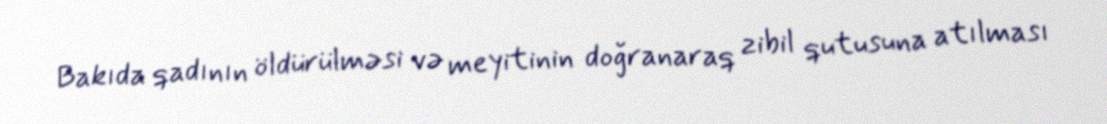
Bakıda qadının öldürülməsi və meyitinin doğranaraq zibil qutusuna atılması